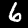
Label: 6